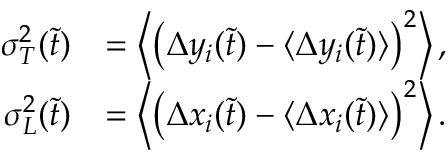
\begin{array} { r l } { \sigma _ { T } ^ { 2 } ( \tilde { t } ) } & { = \left\langle \left( \Delta y _ { i } ( \tilde { t } ) - \langle \Delta y _ { i } ( \tilde { t } ) \rangle \right) ^ { 2 } \right\rangle , } \\ { \sigma _ { L } ^ { 2 } ( \tilde { t } ) } & { = \left\langle \left( \Delta x _ { i } ( \tilde { t } ) - \langle \Delta x _ { i } ( \tilde { t } ) \rangle \right) ^ { 2 } \right\rangle . } \end{array}